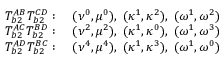
\begin{array} { l l } { T _ { b 2 } ^ { A B } T _ { b 2 } ^ { C D } : } & { \; ( \nu ^ { 0 } , \mu ^ { 0 } ) , \; ( \kappa ^ { 1 } , \kappa ^ { 2 } ) , \; ( \omega ^ { 1 } , \omega ^ { 2 } ) } \\ { T _ { b 2 } ^ { A C } T _ { b 2 } ^ { B D } : } & { \; ( \nu ^ { 2 } , \mu ^ { 2 } ) , \; ( \kappa ^ { 1 } , \kappa ^ { 0 } ) , \; ( \omega ^ { 1 } , \omega ^ { 3 } ) } \\ { T _ { b 2 } ^ { A D } T _ { b 2 } ^ { B C } : } & { \; ( \nu ^ { 4 } , \mu ^ { 4 } ) , \; ( \kappa ^ { 1 } , \kappa ^ { 3 } ) , \; ( \omega ^ { 1 } , \omega ^ { 0 } ) } \end{array}